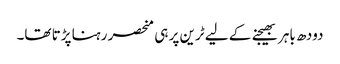
دودھ باہر بھیجنے کے لیے ٹرین پر ہی منحصر رہنا پڑتا تھا۔